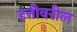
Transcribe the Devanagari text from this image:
हत्तीवरील